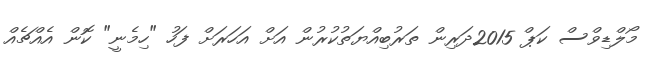
މޯލްޑިވްސް ކަޕް 2015ދަރިން ތަރުބިއްޔަތުކުރުން އަށް އަހަރަށް ފަހު "ހިމެނީ" ކޮން އެއްޗެއް